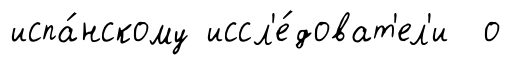
испа́нскому иссл'е́доват'ел'и о